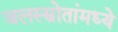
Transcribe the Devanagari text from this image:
जलस्स्रोतांमध्ये